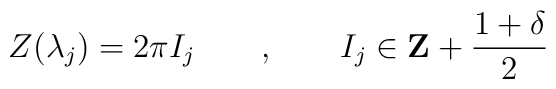
Z(\lambda _{j})=2\pi I_{j}\qquad ,\qquad I_{j}\in \mathbf{Z}+\frac{1+\delta }{2}